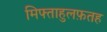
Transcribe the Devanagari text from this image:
मिफ्ताहुलफ़तह